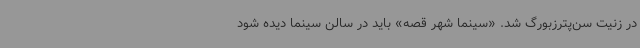
در زنیت سن‌پترزبورگ شد. «سینما شهر قصه» باید در سالن سینما دیده شود